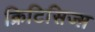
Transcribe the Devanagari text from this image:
क्रिटिसिज्म़